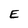
Character: E